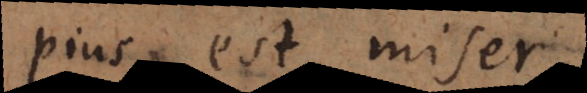
pius est miser